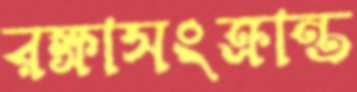
রক্ষাসংক্রান্ত